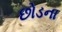
છોડના